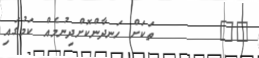
٢٧       ތަކަށް ހަނދާންކޮށްދިނުމެއް ކަމުގައި